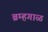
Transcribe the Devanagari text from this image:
ब्रम्हगाळ